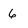
Character: 6